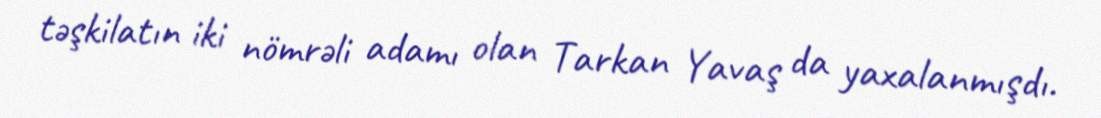
təşkilatın iki nömrəli adamı olan Tarkan Yavaş da yaxalanmışdı.